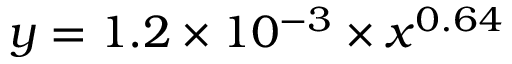
y = 1 . 2 \times 1 0 ^ { - 3 } \times x ^ { 0 . 6 4 }